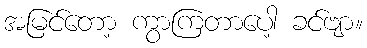
အမြင်တော့ ကွာကြတာပေါ့ ခင်ဗျာ။